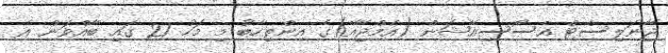
ޖާނަލިސްޓް އެސޯސިއޭޝަން (އެމްޖޭއޭ)ގެ އިންތިހާބު މި މަހު 21 ގައި ބާއްވަން އެ